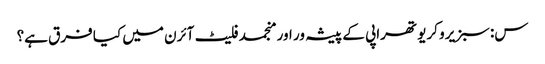
س: سبزیرو کریو تھراپی کے پیشہ ور اور منجمد فلیٹ آئرن میں کیا فرق ہے؟